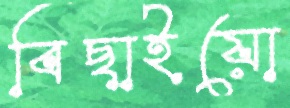
বিছাইয়ো